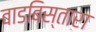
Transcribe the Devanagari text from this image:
बाडबिस्तारा